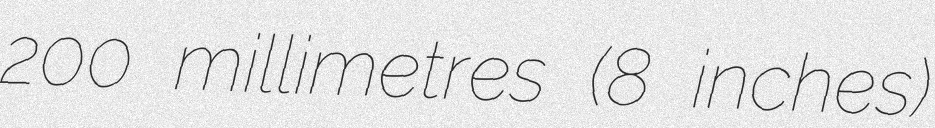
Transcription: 200 millimetres (8 inches)